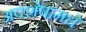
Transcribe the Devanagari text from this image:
अवशेषांमधे